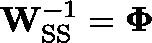
\mathbf { W } _ { \mathrm { S S } } ^ { - 1 } = \mathbf { \Phi }